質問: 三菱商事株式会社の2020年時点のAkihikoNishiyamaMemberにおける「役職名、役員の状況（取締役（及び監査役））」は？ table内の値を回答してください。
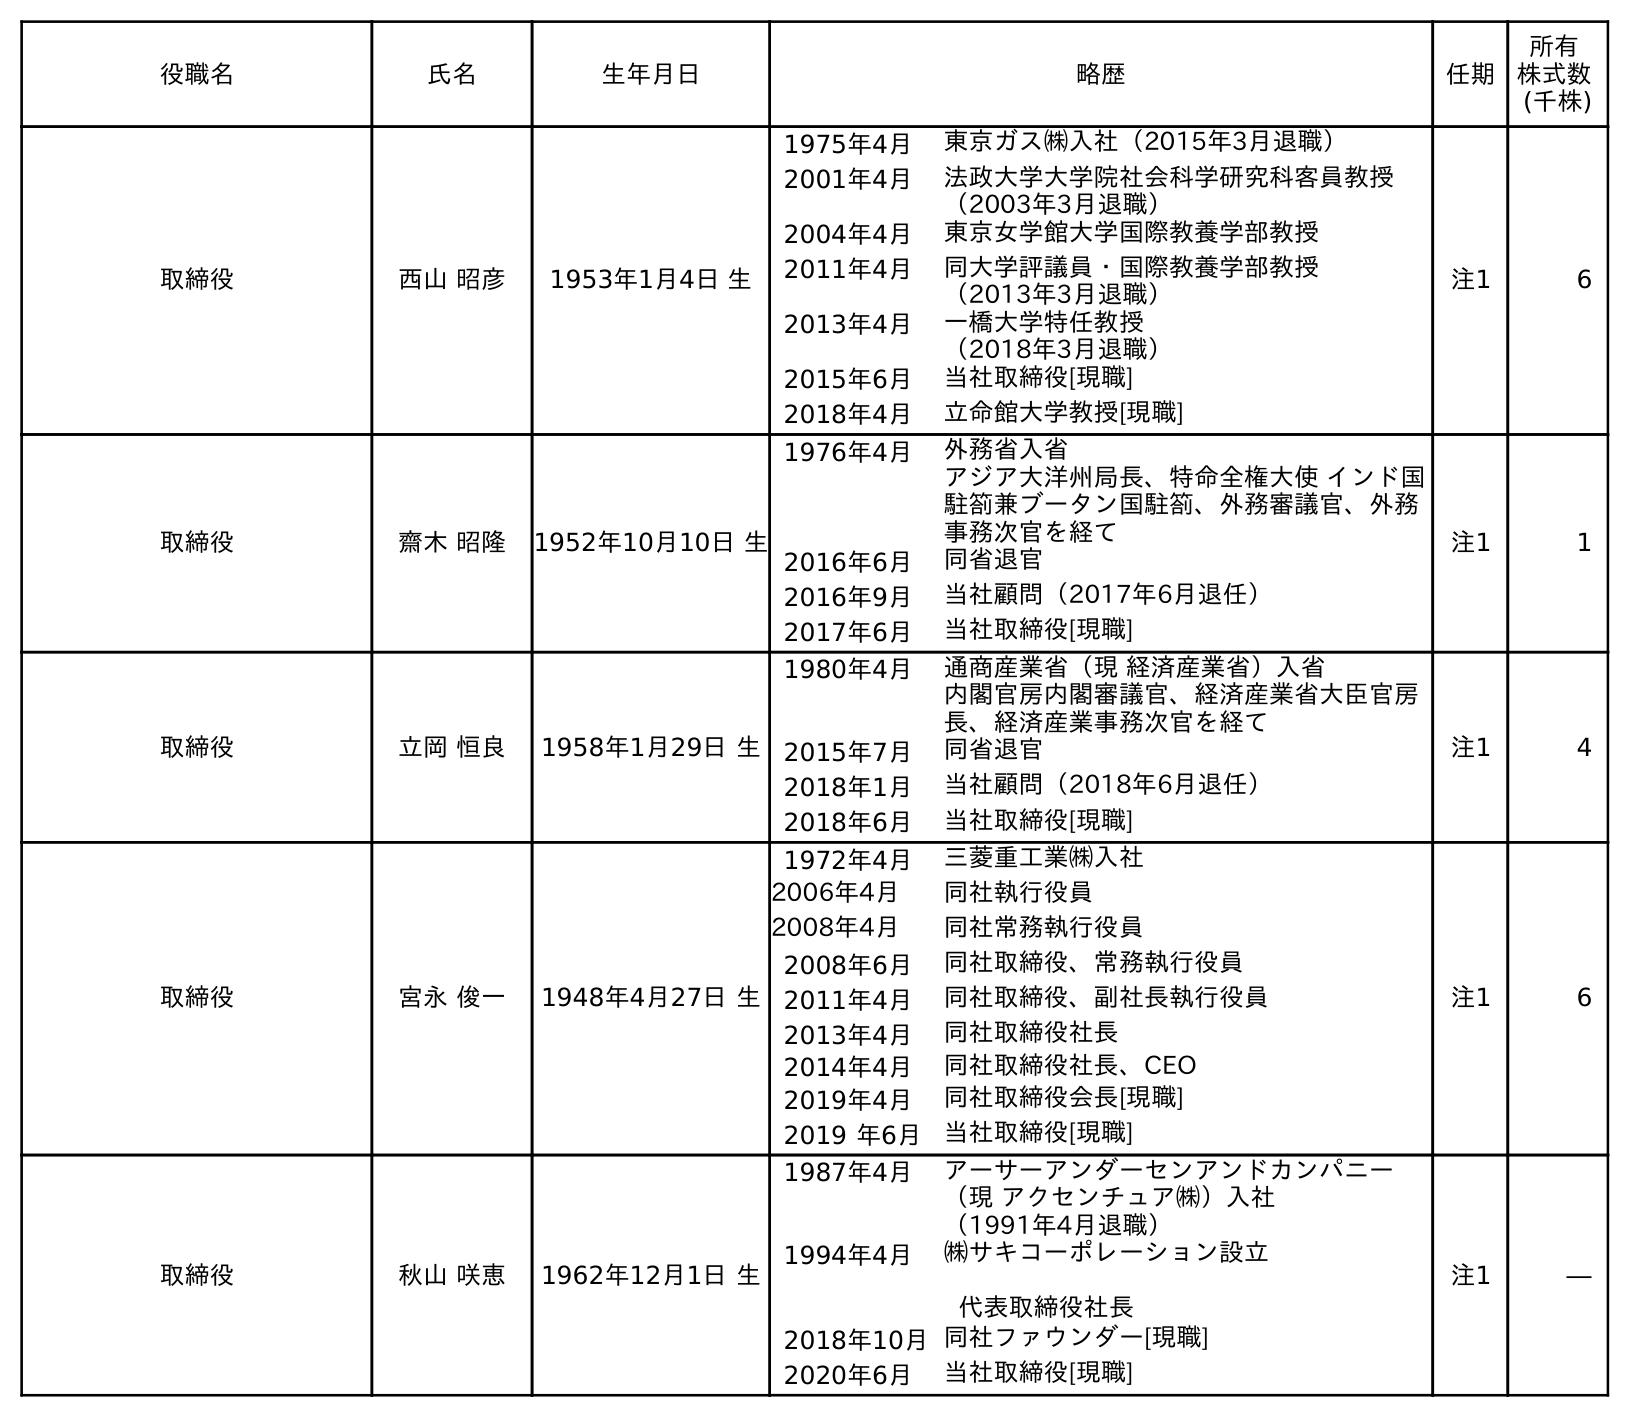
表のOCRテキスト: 役職名 氏名 生年月日 略歴 任期 所有 株式数 (千株) 取締役 西山 昭彦 1953年1月4日 生 1975年4月 東京ガス㈱入社（2015年3月退職） 2001年4月 法政大学大学院社会科学研究科客員教授 （2003年3月退職） 2004年4月 東京女学館大学国際教養学部教授 2011年4月 同大学評議員・国際教養学部教授 （2013年3月退職） 2013年4月 一橋大学特任教授 （2018年3月退職） 2015年6月 当社取締役[現職] 2018年4月 立命館大学教授[現職] 注1 6 取締役 齋木 昭隆 1952年10月10日 生 1976年4月 外務省入省 アジア大洋州局長、特命全権大使 インド国 駐箚兼ブータン国駐箚、外務審議官、外務 事務次官を経て 2016年6月 同省退官 2016年9月 当社顧問（2017年6月退任） 2017年6月 当社取締役[現職] 注1 1 取締役 立岡 恒良 1958年1月29日 生 1980年4月 通商産業省（現 経済産業省）入省 内閣官房内閣審議官、経済産業省大臣官房 長、経済産業事務次官を経て 2015年7月 同省退官 2018年1月 当社顧問（2018年6月退任） 2018年6月 当社取締役[現職] 注1 4 取締役 宮永 俊一 1948年4月27日 生 1972年4月 三菱重工業㈱入社 2006年4月 同社執行役員 2008年4月 同社常務執行役員 2008年6月 同社取締役、常務執行役員 2011年4月 同社取締役、副社長執行役員 2013年4月 同社取締役社長 2014年4月 同社取締役社長、CEO 2019年4月 同社取締役会長[現職] 2019 年6月 当社取締役[現職] 注1 6 取締役 秋山 咲恵 1962年12月1日 生 1987年4月 アーサーアンダーセンアンドカンパニー （現 アクセンチュア㈱）入社 （1991年4月退職） 1994年4月 ㈱サキコーポレーション設立 代表取締役社長 2018年10月同社ファウンダー[現職] 2020年6月 当社取締役[現職] 注1 ―
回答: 取締役